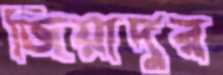
জিয়াদুর